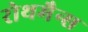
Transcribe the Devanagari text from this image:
रोथमैन्स